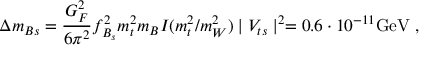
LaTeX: \Delta m _ { B s } = \frac { G _ { F } ^ { 2 } } { 6 \pi ^ { 2 } } f _ { B _ { s } } ^ { 2 } m _ { t } ^ { 2 } m _ { B } I ( m _ { t } ^ { 2 } / m _ { W } ^ { 2 } ) \mid V _ { t s } \mid ^ { 2 } = 0 . 6 \cdot 1 0 ^ { - 1 1 } \mathrm { G e V } \; ,